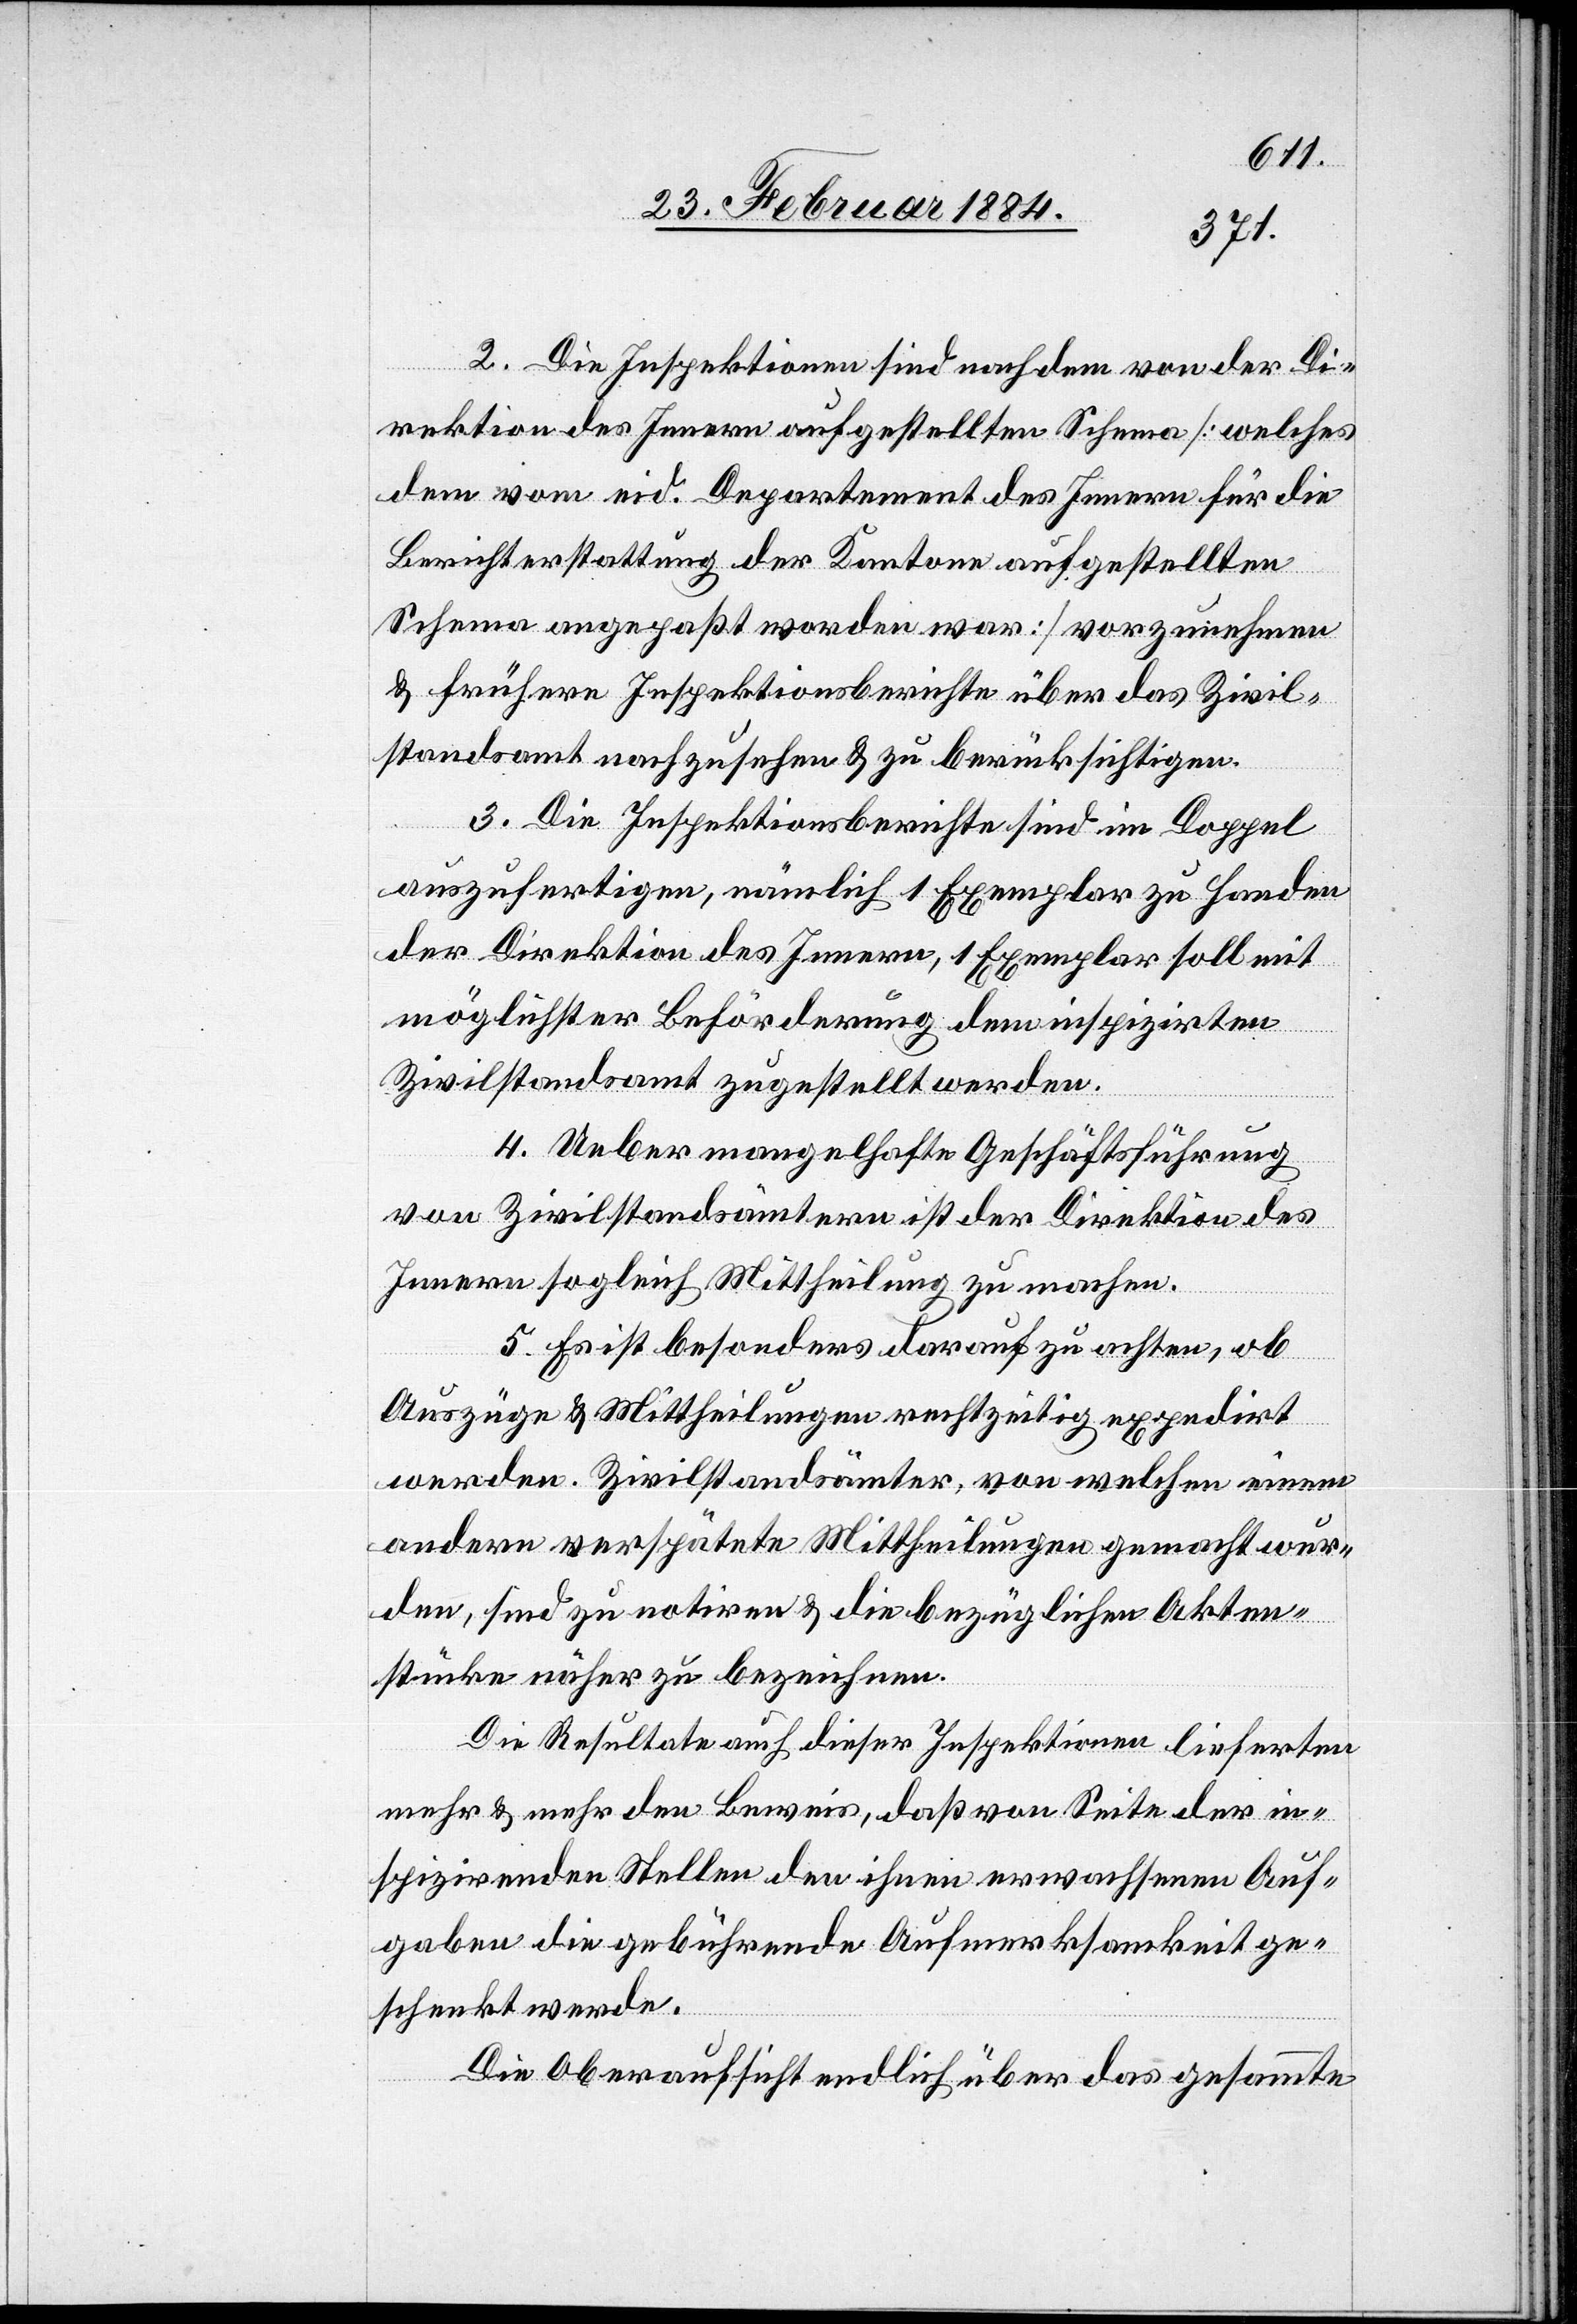
2. Die Inspektionen sind nachdem von der Di¬
rektion des Innern aufgestellten Schema [welches
dem vom eid. Departement des Innern für die
Berichterstattung der Kantone aufgestellten
Schema angepaßt worden war] vorzunehmen
& frühere Inspektionsberichte über das Zivil¬
standsamt nachzusehen & zu berücksichtigen.
3. Die Inspektionsberichte sind im Doppel
auszufertigen, nämlich 1 Exemplar zu Handen
der Direktion des Innern, 1 Exemplar soll mit
möglichster Beförderung dem inspizirten
Zivilstandsamt zugestellt werden.
4. Ueber mangelhafte Geschäftsführung
von Zivilstandsämtern ist der Direktion des
Innern sogleich Mittheilung zu machen.
5. Es ist besonders darauf zu achten, ob
Auszüge & Mittheilungen rechtzeitig expendirt
werden. Zivilstandsämter, von welchen eine
andere verspätete Mittheilungen gemacht wer¬
den, sind zu notiren & die bezüglichen Akten¬
stücke näher zu bezeichnen.
Die Resultate auch dieser Inspektionen lieferten
mehr & mehr den Beweis, daß von Seite der in¬
spizirenden Stelle den ihnen erwachsenen Auf¬
gaben die gebührende Aufmerksamkeit ge¬
schenkt werde.
Die Oberaufsicht endlich über das gesammte